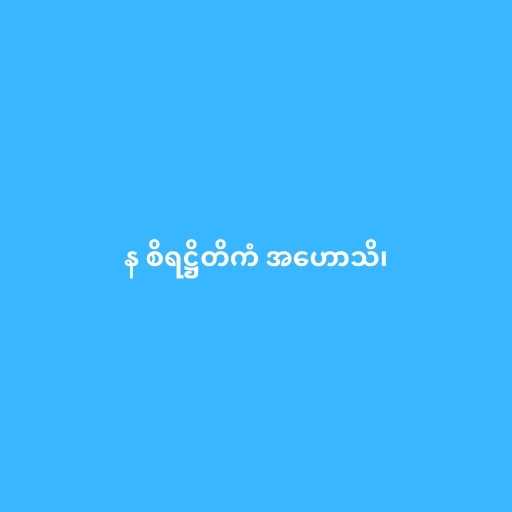
န စိရဋ္ဌိတိကံ အဟောသိ၊